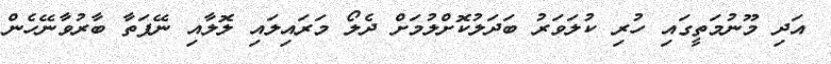
އަދި މޫނުމަތީގައި ހުރި ކުލަވަރު ބަދަލުކޮށްލުމަށް ދެލޯ މަރައިލައި ލޮލާއި ނޭފަތާ ބާރުވާނޭހެން